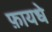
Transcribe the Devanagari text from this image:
फ़ायधे